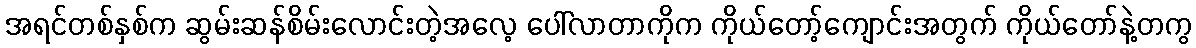
အရင်တစ်နှစ်က ဆွမ်းဆန်စိမ်းလောင်းတဲ့အလေ့ ပေါ်လာတာကိုက ကိုယ်တော့်ကျောင်းအတွက် ကိုယ်တော်နဲ့တကွ